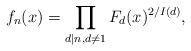
LaTeX: \begin{align*}f_{n}(x)=\prod_{d|n,d\neq1}F_{d}(x)^{2/I(d)},\end{align*}